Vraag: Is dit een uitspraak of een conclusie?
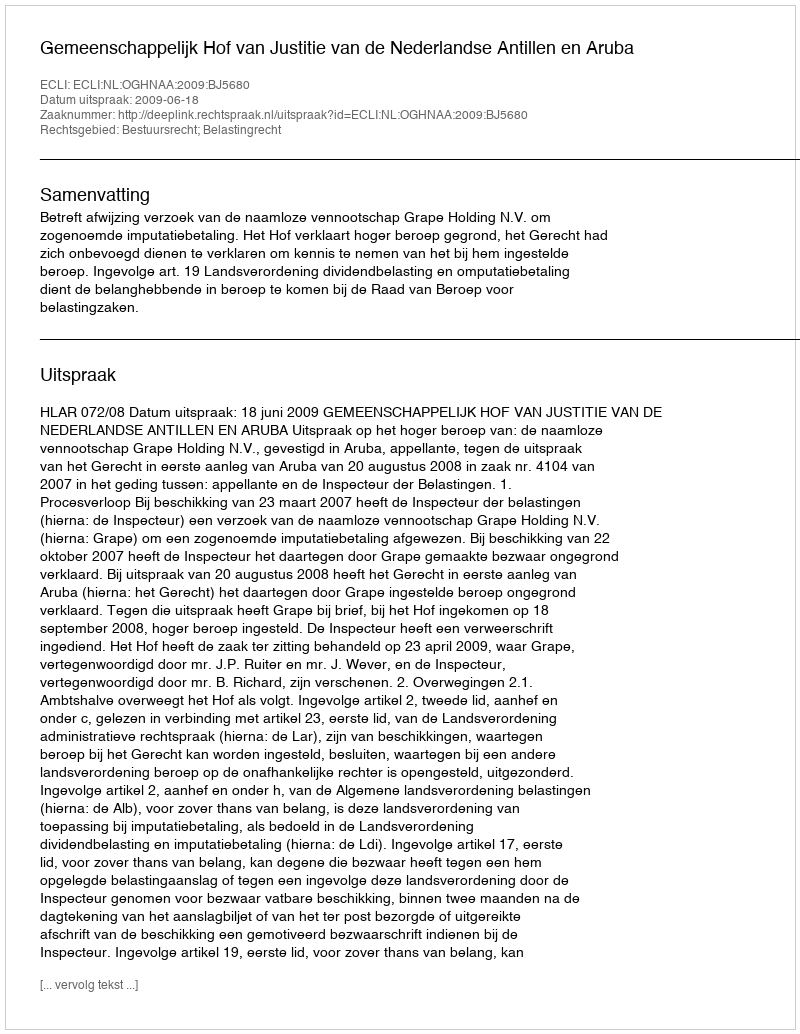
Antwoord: Uitspraak